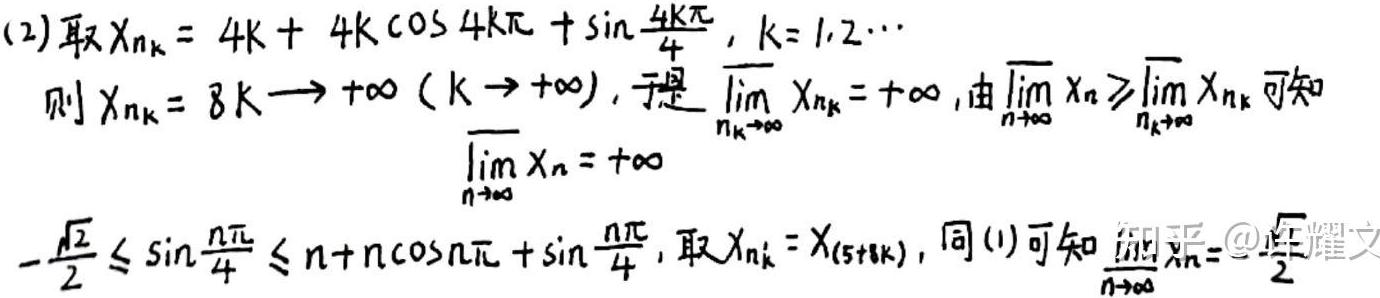
(2) 取 $X_{n_k}=4k + 4k\cos 4k\pi+\sin\frac{4k\pi}{4},k = 1,2,\cdots$
则 $X_{n_k}=8k\to+\infty(k\to+\infty)$, 于是 $\varlimsup_{n_k\to\infty}X_{n_k}=+\infty$, 由 $\varlimsup_{n\to\infty}X_n\geqslant\varlimsup_{n_k\to\infty}X_{n_k}$ 可知
$\varlimsup_{n\to\infty}X_n=+\infty$
$-\frac{\sqrt{2}}{2}\leqslant\sin\frac{n\pi}{4}\leqslant n + n\cos n\pi+\sin\frac{n\pi}{4}$, 取 $X_{n_k}=X_{(5 + 8k)}$, 同 (1) 可知 $\varlimsup_{n\to\infty}X_n=\frac{\sqrt{2}}{2}$